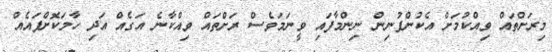
މިރަށްތައް ވިއްކުމަށް އެކުންފުނިން ނިންމާފައި ވީނަމަވެސް ރަށްތައް ވިއްކާނެ އަގެއް އަދި ހާމަކޮށްފައެއް